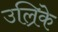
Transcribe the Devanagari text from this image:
उल्रिके